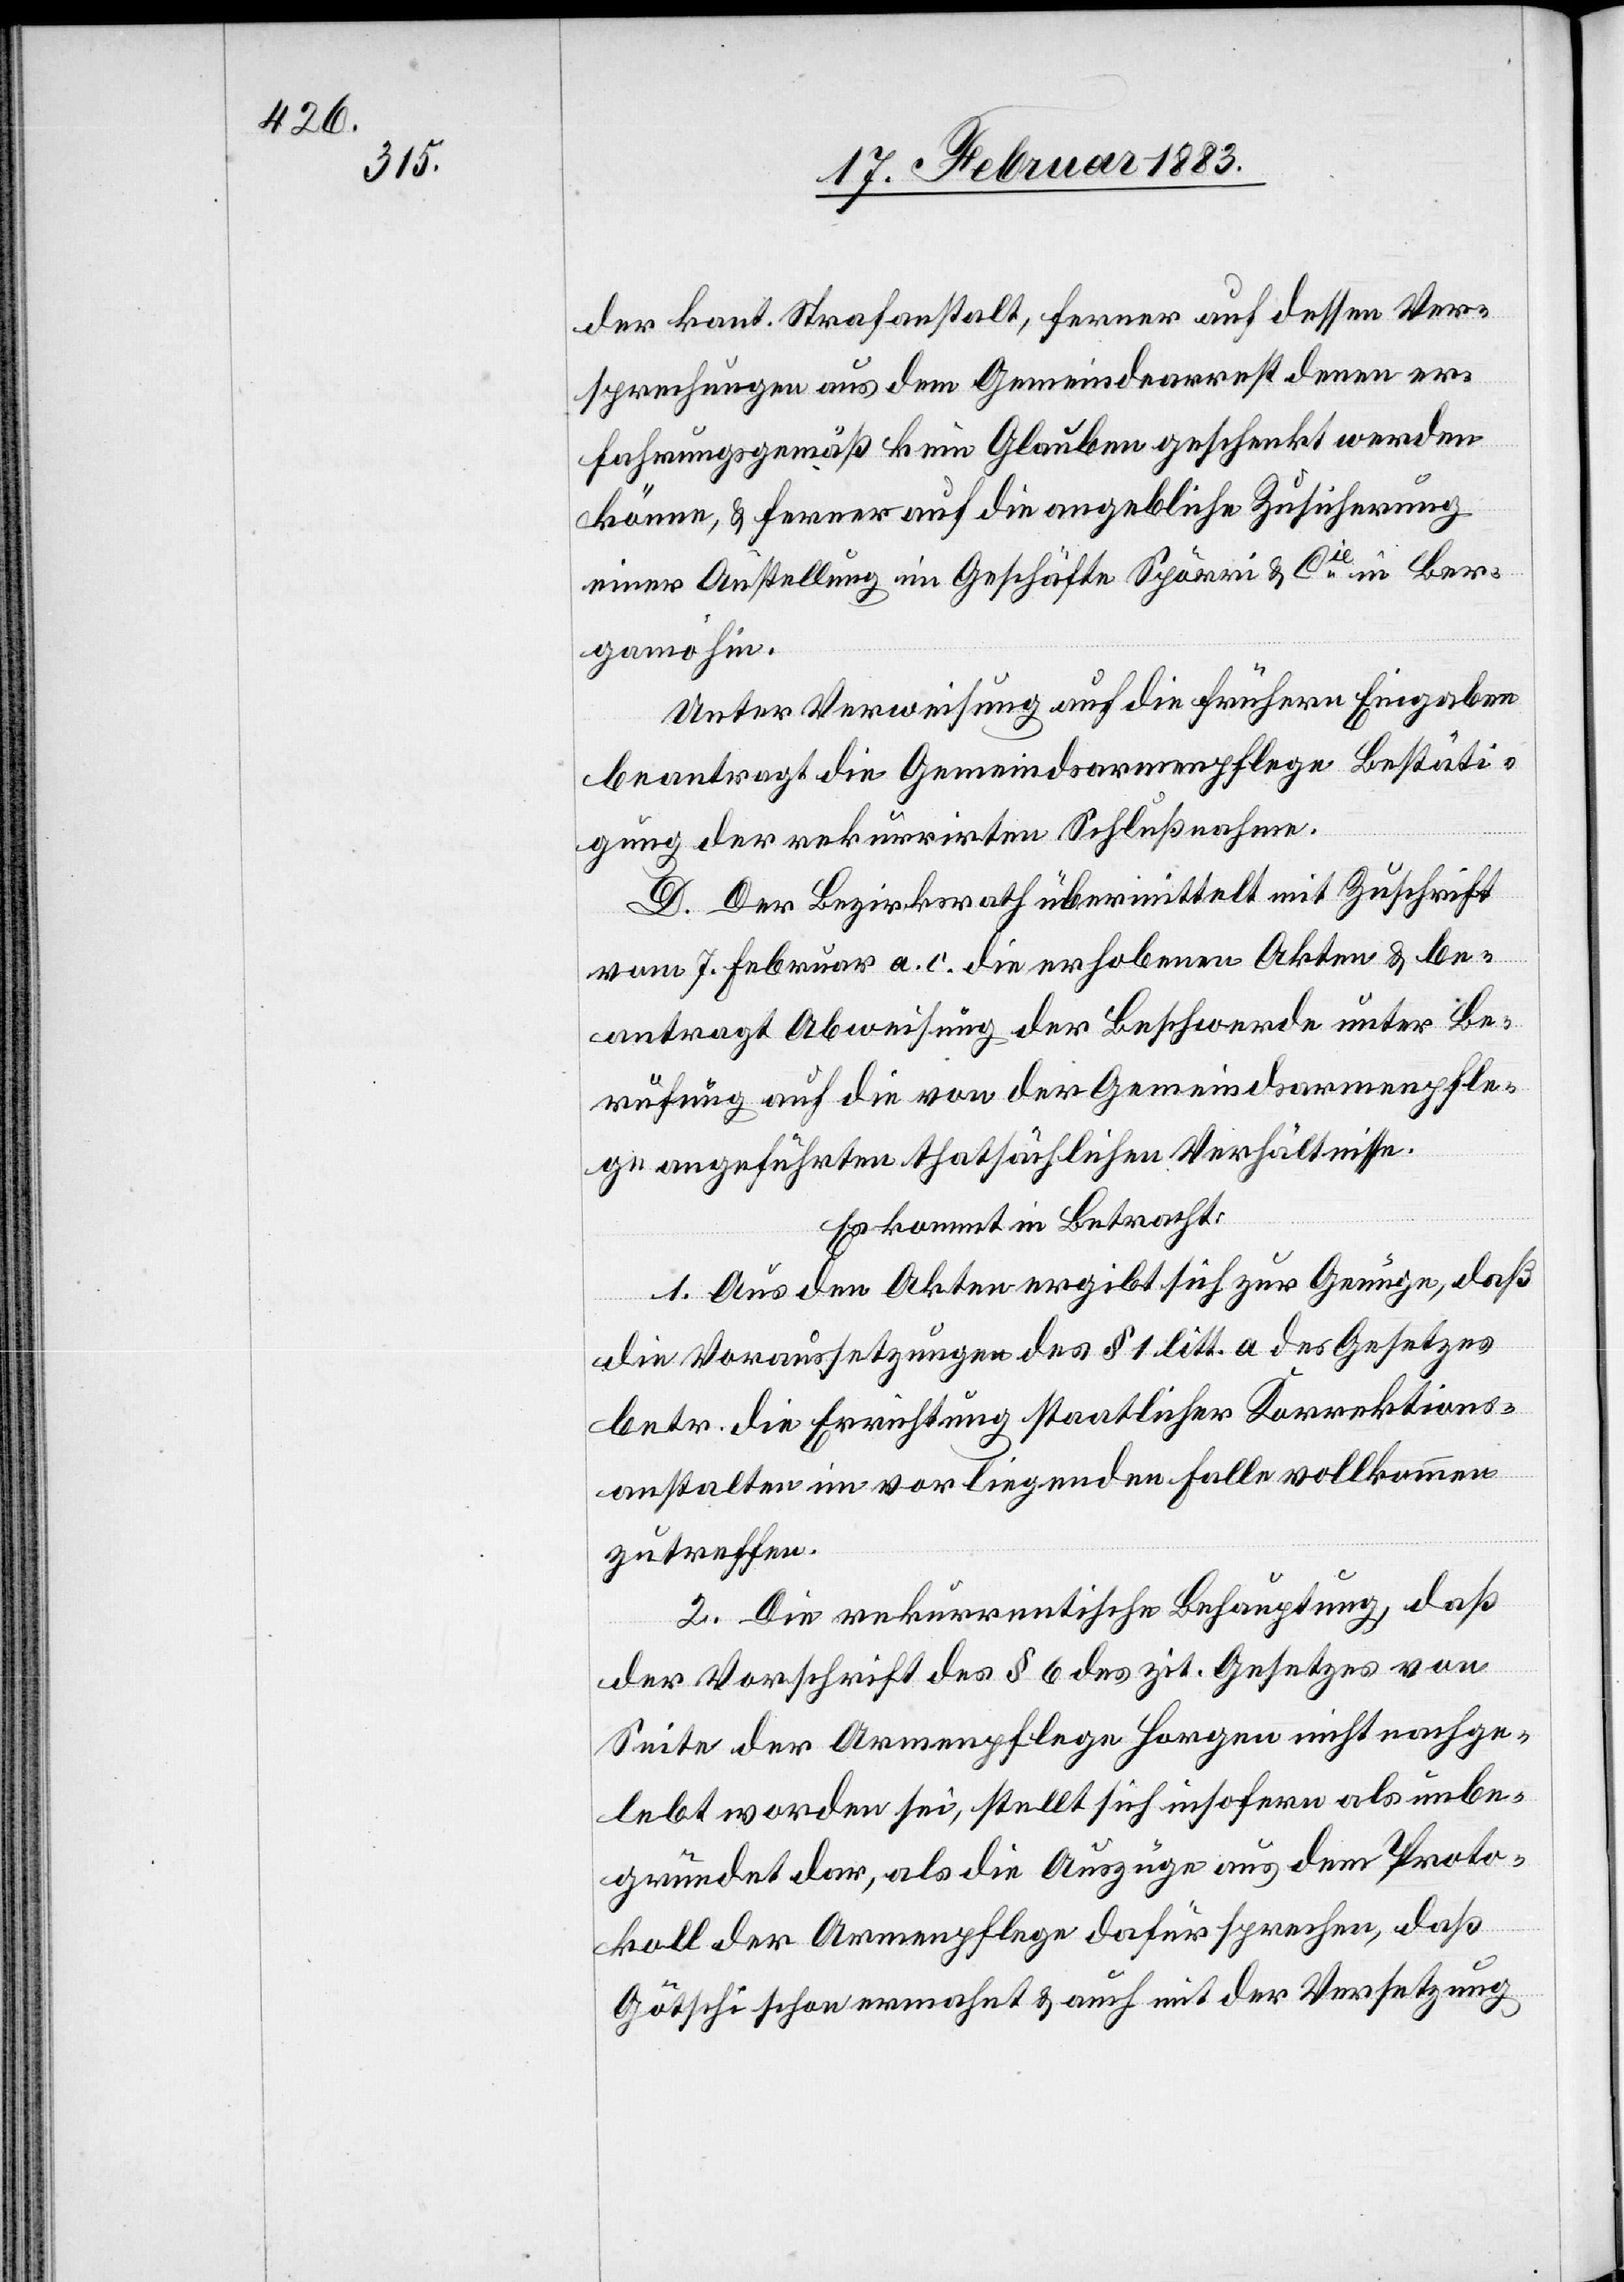
der kant. Strafanstalt, ferner auf dessen Ver¬
sprechungen aus dem Gemeindearrest denen er¬
fahrungsgemäß kein Glauben geschenkt werden
könne, & ferner auf die angebliche Zusicherung
einer Anstellung im Geschäfte Spörri & Cie in Ber¬
gamo hin.
Unter Verweisung auf die frühern Eingaben
beantragt die Gemeindsarmenpflege Bestäti¬
gung der rekurrirten Schlußnahme.
D. Der Bezirksrath übermittelt mit Zuschrift
vom 7. Februar a. c. die erhobenen Akten & be¬
antragt Abweisung der Beschwerde unter Be¬
rufung auf die von der Gemeindsarmenpfle¬
ge angeführten thatsächlichen Verhältnisse.
Es kommt in Betracht:
1. Aus den Akten ergibt sich zur Genüge, daß
die Voraussetzungen des § 1 litt. a des Gesetzes
betr. die Errichtung staatlicher Korrektions¬
anstalten im vorliegenden Falle vollkommen
zutreffen.
2. Die rekurrentische Behauptung, daß
der Vorschrift des § 6 des zit. Gesetzes von
Seite der Armenpflege Horgen nicht nachge¬
lebt worden sei, stellt sich insofern als unbe¬
gründet dar, als die Auszüge aus dem Proto¬
koll der Armenpflege dafür sprechen, daß
Götschi schon ermahnt & auch mit der Versetzung